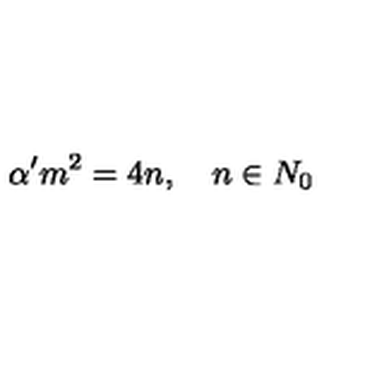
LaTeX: \alpha ^ { \prime } m ^ { 2 } = 4 n , \quad n \in N _ { 0 }